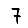
Digit: 7